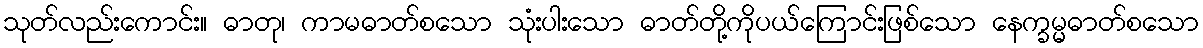
သုတ်လည်းကောင်း။ ဓာတု၊ ကာမဓာတ်စသော သုံးပါးသော ဓာတ်တို့ကိုပယ်ကြောင်းဖြစ်သော နေက္ခမ္မဓာတ်စသော